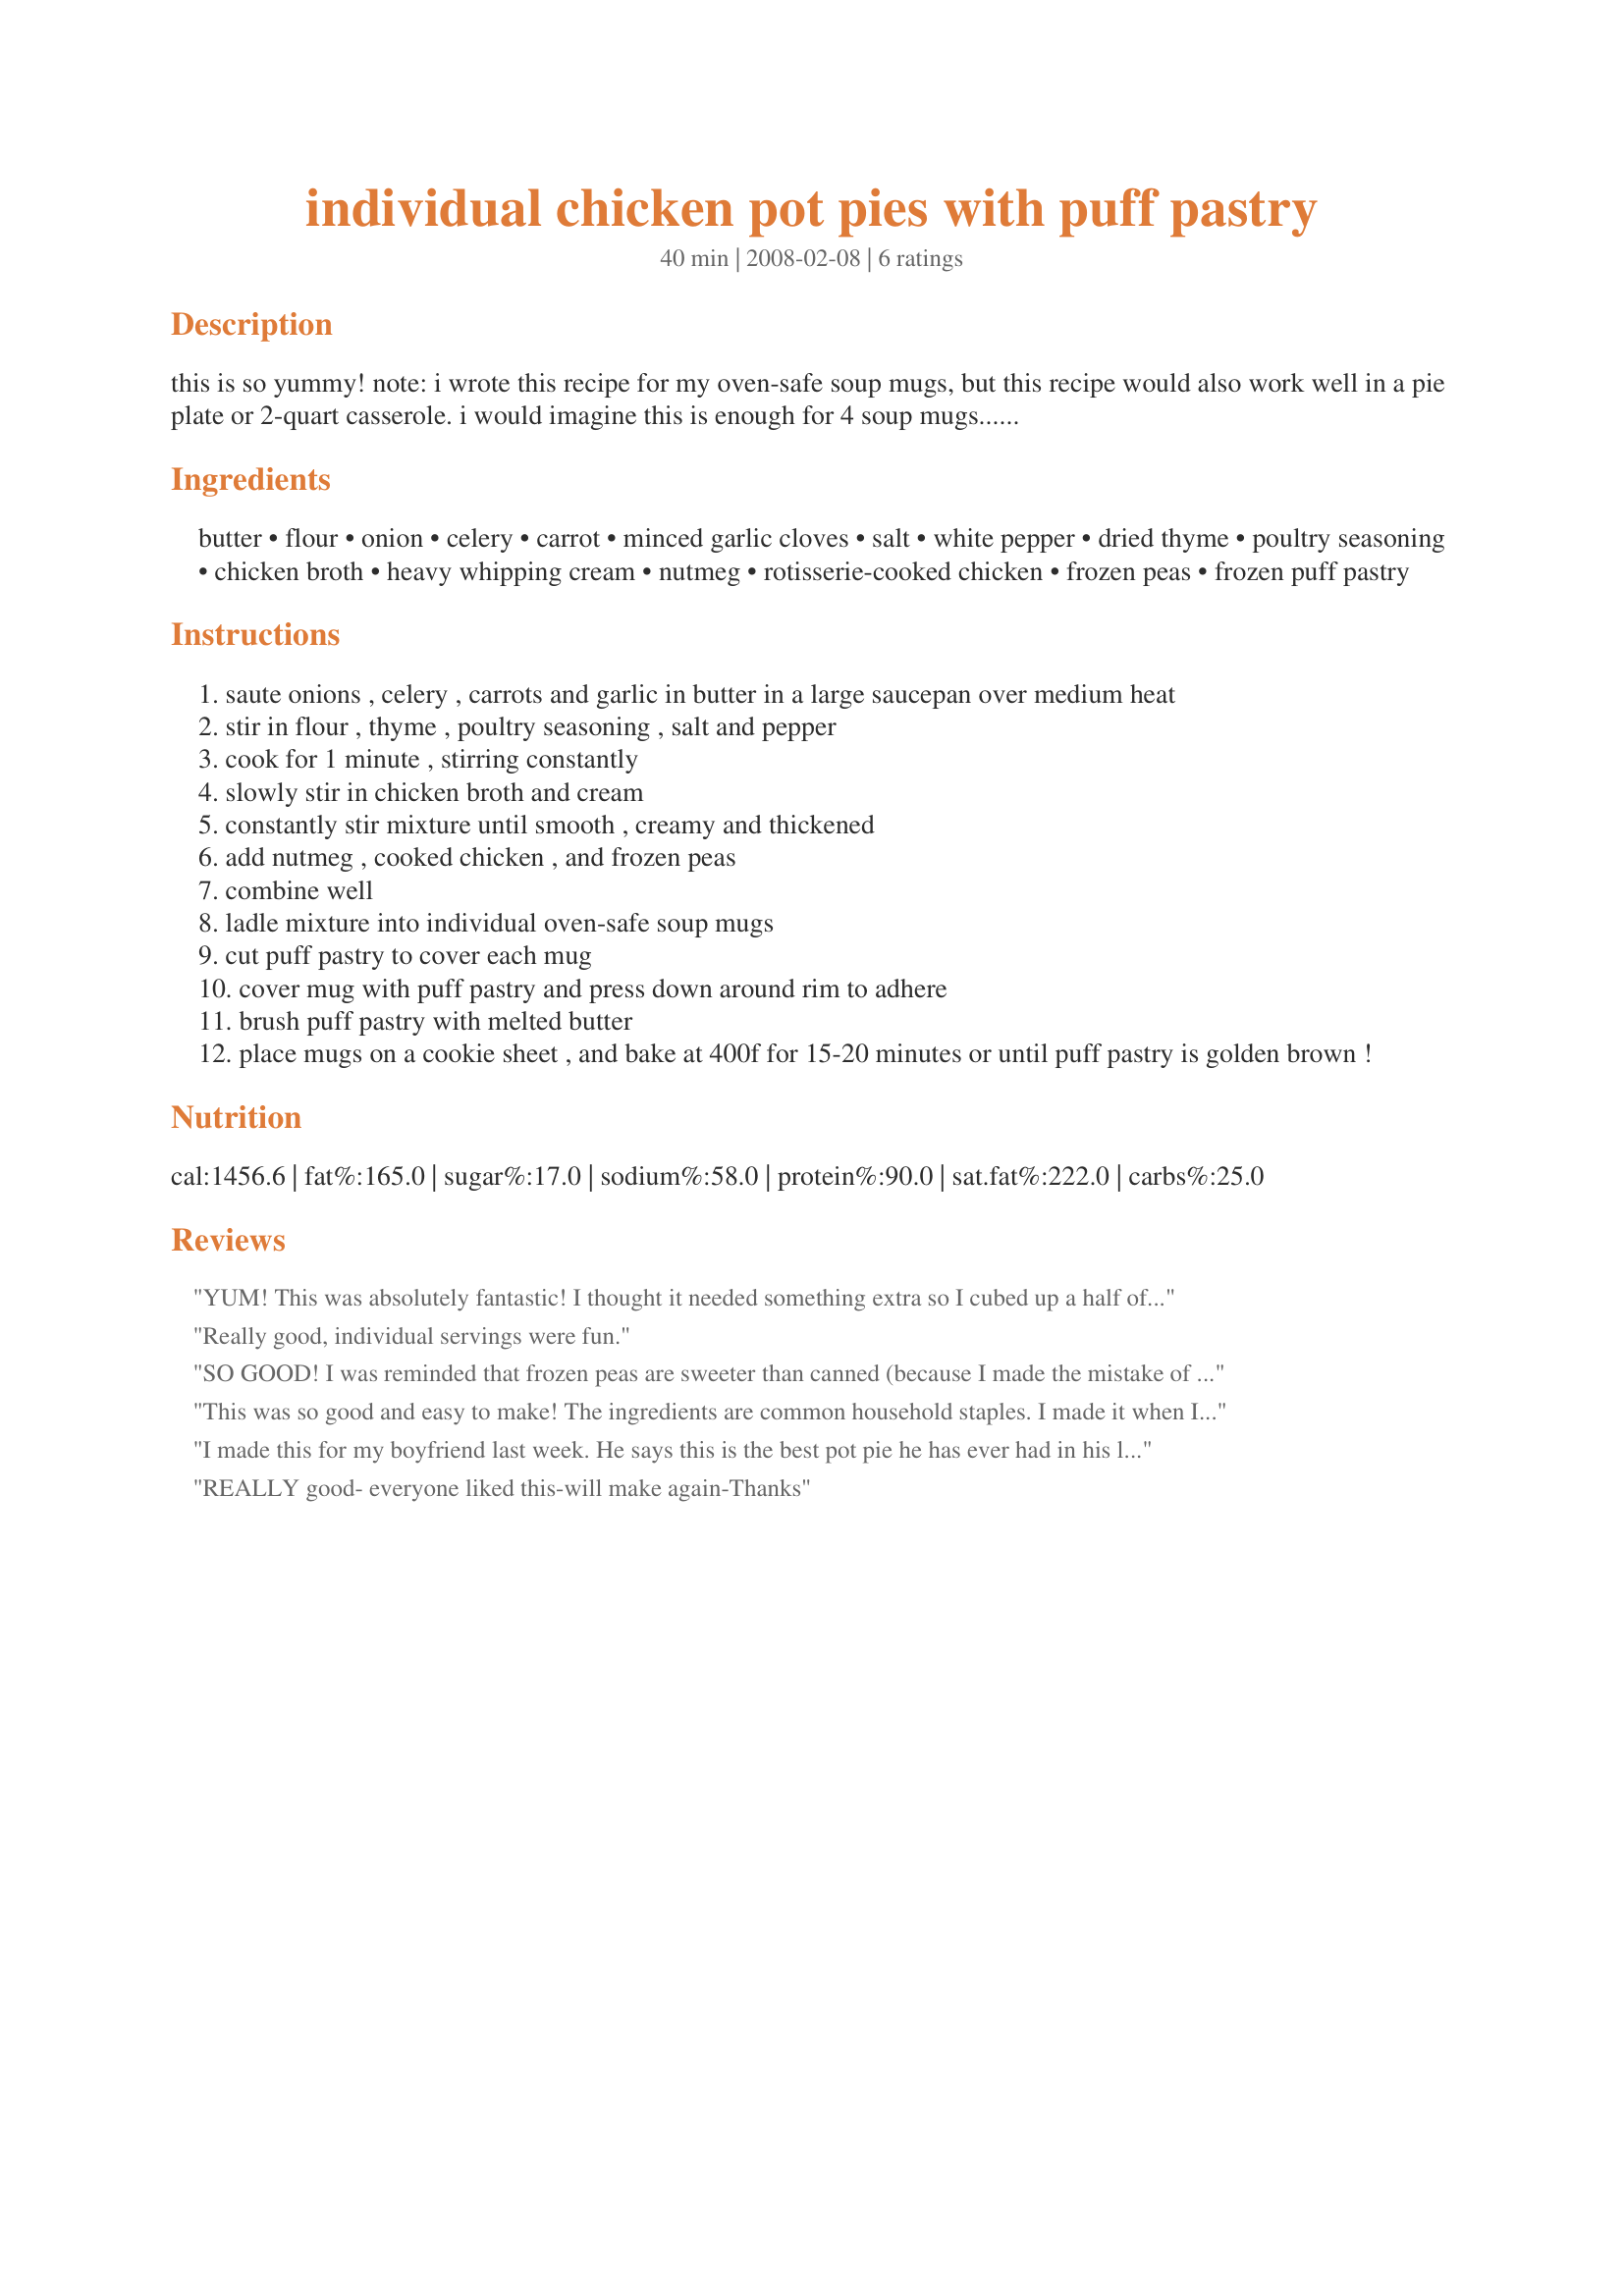
individual chicken pot pies with puff pastry
Preparation time: 40 minutes

this is so yummy! note: i wrote this recipe for my oven-safe soup mugs, but this recipe would also work well in a pie plate or 2-quart casserole. i would imagine this is enough for 4 soup mugs... it's just dh and i so we just use 2 gigantic soup mugs and fill 'em! so i would assume this would work for 4 regular size mugs...let me know how it goes! also, we like it spicy, so we add serrano peppers! enjoy!

Ingredients:
butter, flour, onion, celery, carrot, minced garlic cloves, salt, white pepper, dried thyme, poultry seasoning, chicken broth, heavy whipping cream, nutmeg, rotisserie-cooked chicken, frozen peas, frozen puff pastry

Steps:
saute onions , celery , carrots and garlic in butter in a large saucepan over medium heat
stir in flour , thyme , poultry seasoning , salt and pepper
cook for 1 minute , stirring constantly
slowly stir in chicken broth and cream
constantly stir mixture until smooth , creamy and thickened
add nutmeg , cooked chicken , and frozen peas
combine well
ladle mixture into individual oven-safe soup mugs
cut puff pastry to cover each mug
cover mug with puff pastry and press down around rim to adhere
brush puff pastry with melted butter
place mugs on a cookie sheet , and bake at 400f for 15-20 minutes or until puff pastry is golden brown !

Reviews:
YUM! This was absolutely fantastic! I thought it needed something extra so I cubed up a half of a potato (and boiled for 10 min. before adding to mix) but in the end I thought it was too thick. I think this recipe would have been perfect as written and next time I will do so. I also used big oven safe mugs and this made just enough for two large servings. Thanks KPD!
Really good, individual servings were fun.
SO GOOD! I was reminded that frozen peas are sweeter than canned (because I made the mistake of using canned). I had extra puff pastry so I cut it into thin strips and made letters on top of the pies for the person it was baked for! Make sure you let lots of extra pastry flop over the top! <br/>Everyone LOVED them, said they were the best chicken-pot-pies they'd ever tasted. Thanks so so much!
This was so good and easy to make! The ingredients are common household staples. I made it when I had left over rotisserie chicken and wasn't really in the mood for cooking. Thank you so much for posting this. This is one that went in the recipe box.
I made this for my boyfriend last week. He says this is the best pot pie he has ever had in his life. Even better than his grandmothers! I agreed. I've never had or made a pot pie so good before. Its so good that I'm making it again tonight because he won't stop asking when i'm making another one. Great recipe. Thanks!
REALLY good- everyone liked this-will make again-Thanks
